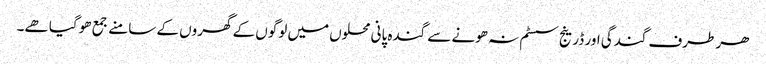
ھر طرف گندگی اور ڈرینج سسٹم نہ ھونے سے گندہ پانی محلوں میں لوگوں کے گھروں کے سامنے جمع ھو گیا ھے۔